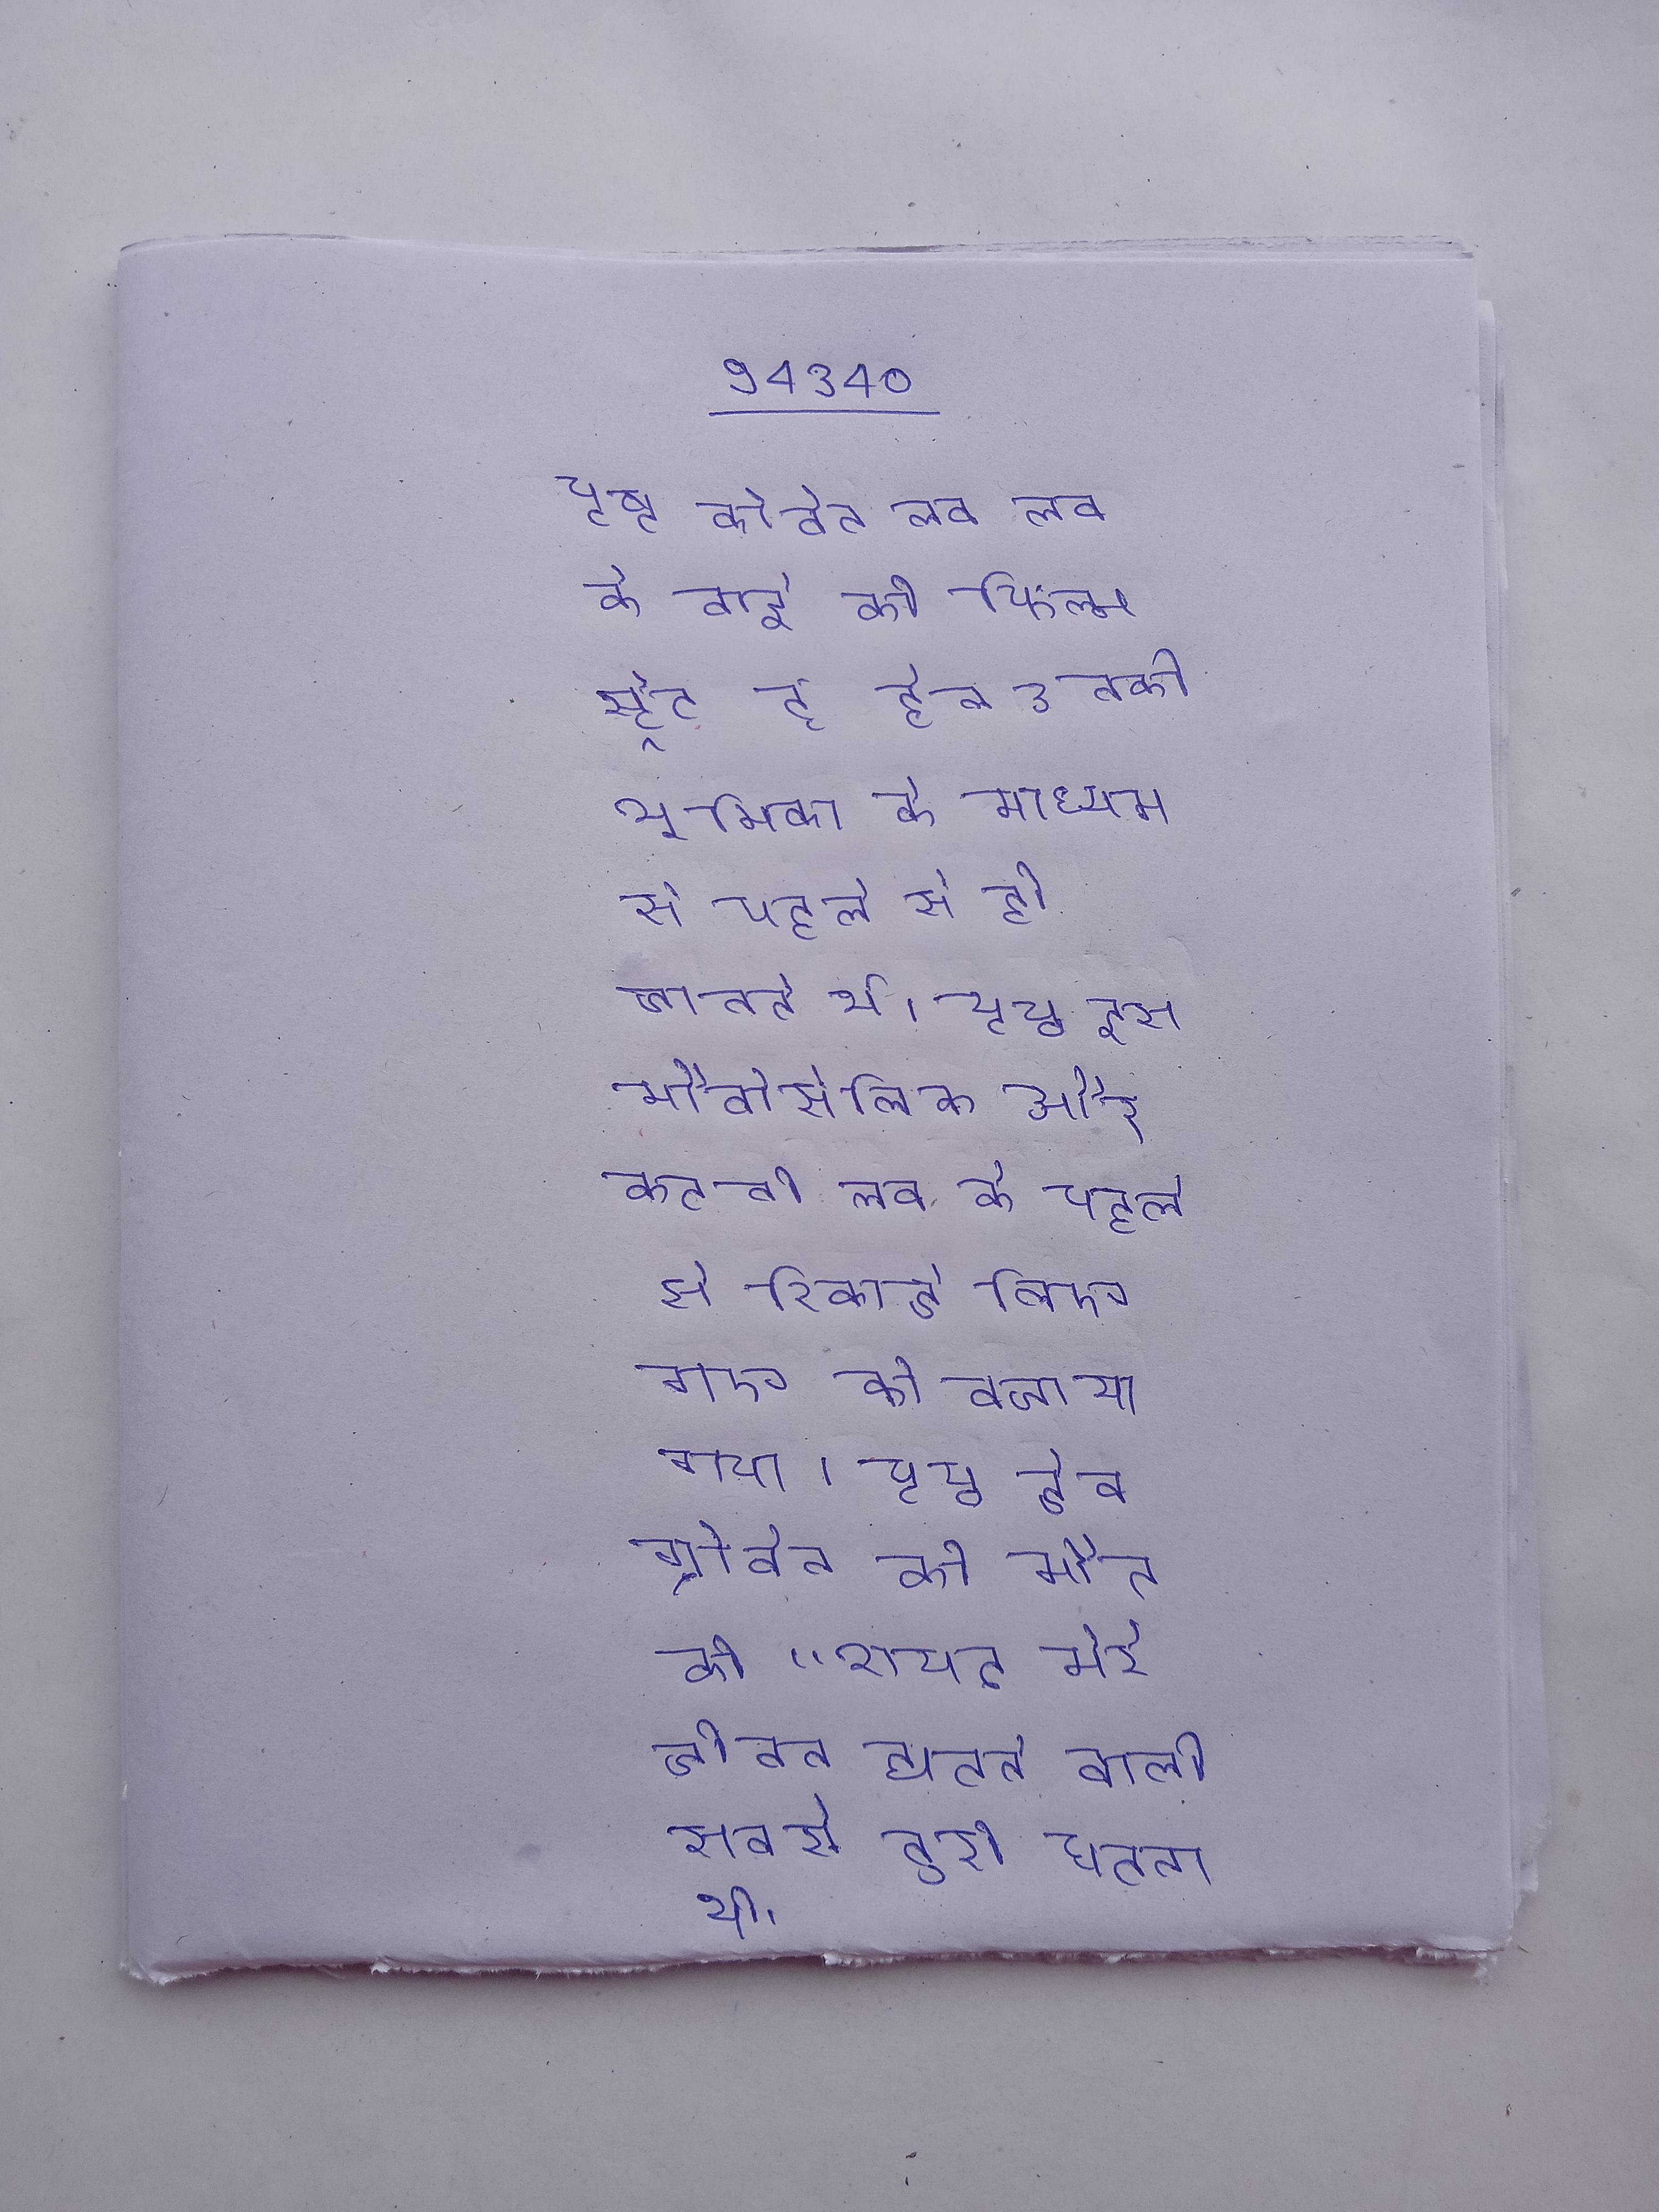
पृष्ठ कोबेन लव के बारे की फिल्म स्ट्रेट टू हेल उनकी भूमिका के माध्यम से पहले से ही जानते थे । पृष्ठ इस मौके पर क्रिस्ट नोवोसेलिक और कर्टनी लव के पहले से रिकॉर्ड किए गए को बजाया गया । पृष्ठ डेव ग्रोहल ने कहा था कि कोबेन की मौत की "शायद मेरे जीवन घटने वाली सबसे बुरी घटना थी ।